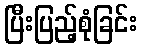
ပြီးပြည့်စုံခြင်း